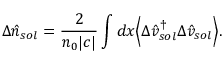
\Delta \hat { n } _ { s o l } = \frac { 2 } { n _ { 0 } | c | } \int d x \Big < \Delta \hat { v } _ { s o l } ^ { \dagger } \Delta \hat { v } _ { s o l } \Big > .